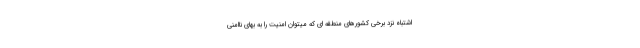
اشتباه نزد برخی کشورهای منطقه ای که میتوان امنیت را به بهای ناامنی